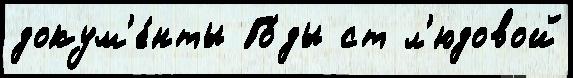
докум'е́нты Го́ды ст л'юдовой